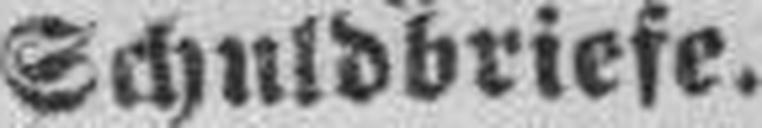
Schuldbriefe.